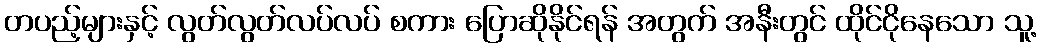
တပည့်များနှင့် လွတ်လွတ်လပ်လပ် စကား ပြောဆိုနိုင်ရန် အတွက် အနီးတွင် ထိုင်ငိုနေသော သူ့